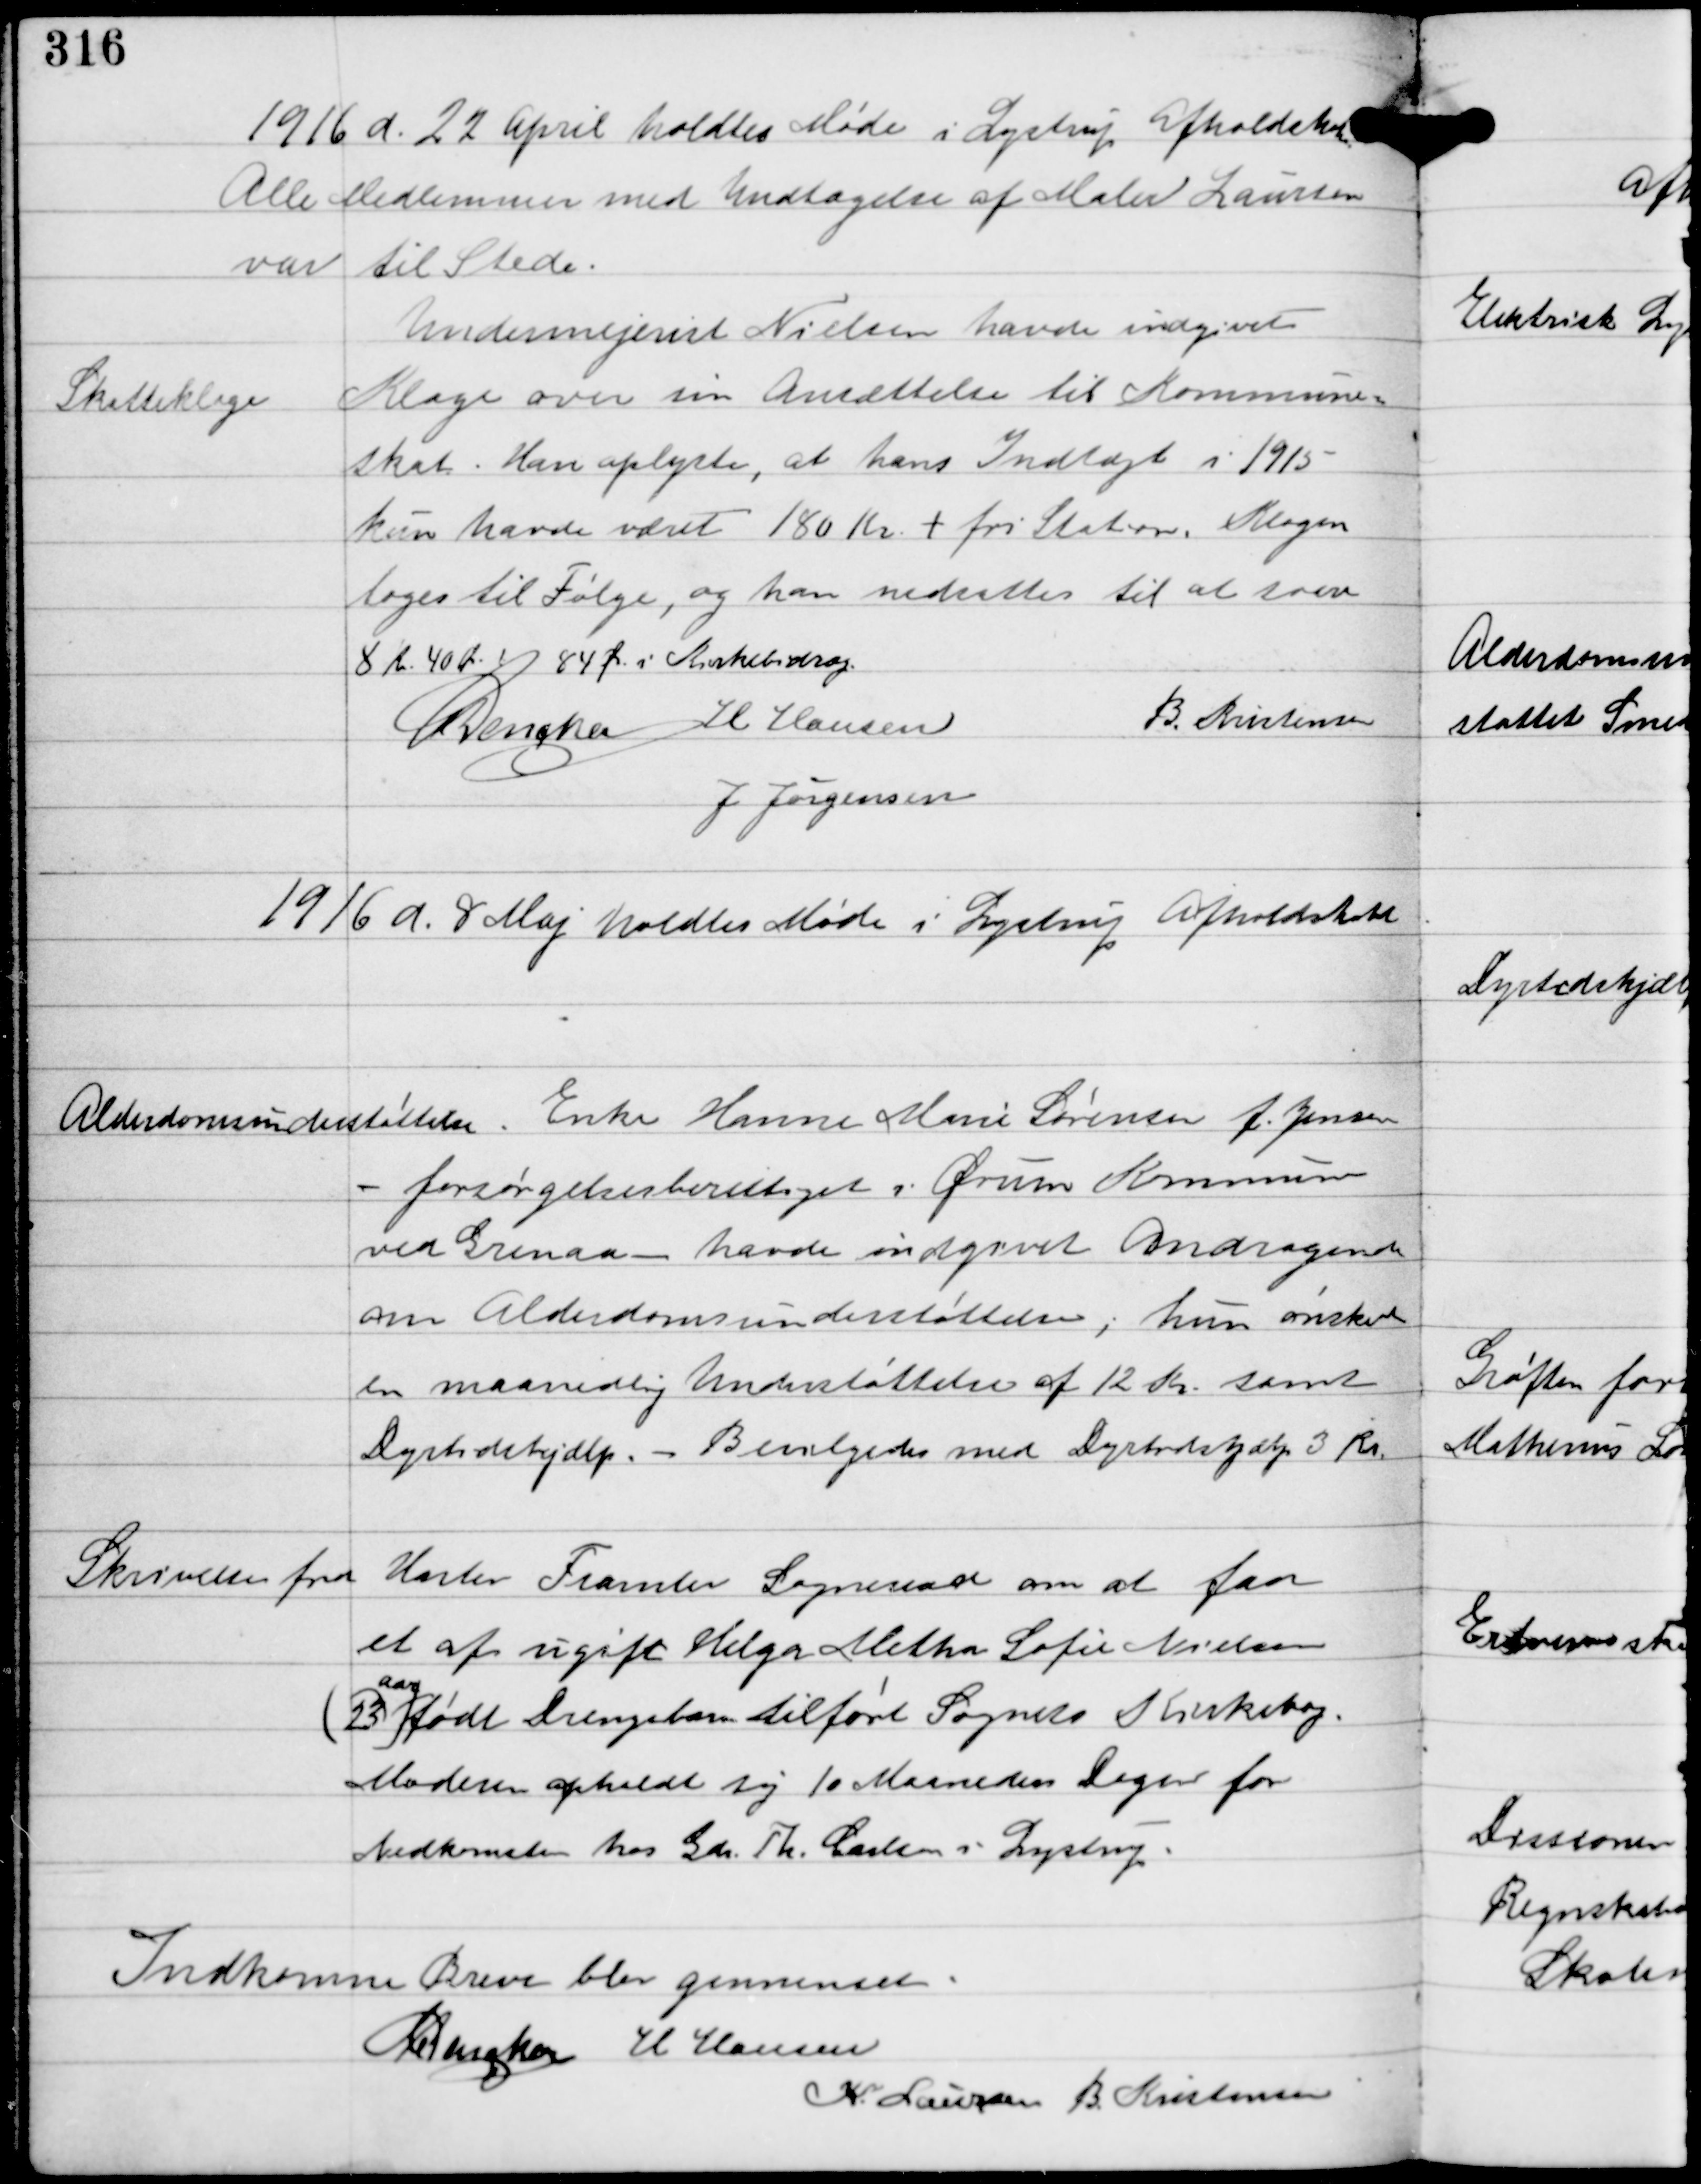
Transskription:
1916 d. 22 April holdtes Møde i Lystrup Afholdshotel
Alle Medlemmer med Undtagelse af Maler Laursen
var til Stede.

Skatteklage

Undermejerist Nielsen havde indgivet
Klage over sin Ansættelse til Kommune-
skat. Han oplyste, at hans Indtægt i 1915 -
kun havde været 180 kr + fri Station. Klagen
toges til Følge, og han nedsattes til at svare
8 Kr. 40 Øre + 84 Øre i Kirkebidrag

C Dencher
H Hansen
B. Kristensen
J Jørgensen

1916 d. 8 Maj holdtes Møde i Lystrup Afholdshotel

Alderdomsunderstøttelser. Enke Hanne Mini Sørensen J. Jensen
- forsørgelserberettiget i Ørum Kommune
ved Grenaa - havde indgivet Andragende
om Alderdomsunderstøttelsen, hun ønskede
en maanedlig Understøttelse af 12 Kr. samt
Dyrtidshjælp. - Bevilliges med Dyrtidshjælp 3 Kr.

Skrivelse fra Haslev Framlev Sogneraad om at faa
et af ugift Helga Metha Sofie Nielsen
(23
aar)
født Drengebarn tilført Sognets Kirkebog.
Moderen opholdt sig 10 Maaneder Dagen før
Nedkomsten hos Gdr. Th. Carlsen i Lystrup.

Indkomne Breve blev gennemset.
C Dencher H Hansen
K. Laursen B. Kristensen